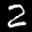
Label: 2